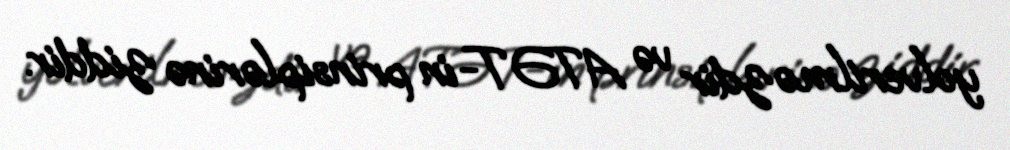
yolverilməzdir və ATƏT-in prinsiplərinə ziddir.